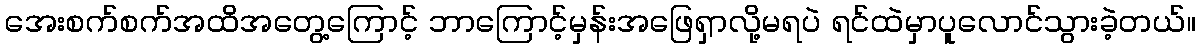
အေးစက်စက်အထိအတွေ့ကြောင့် ဘာကြောင့်မှန်းအဖြေရှာလို့မရပဲ ရင်ထဲမှာပူလောင်သွားခဲ့တယ်။